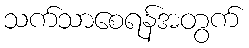
သက်သာစေရန်အတွက်